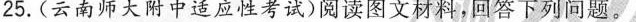
25.(云南师大附中适应性考试)阅读图文材料，回答下列问题。